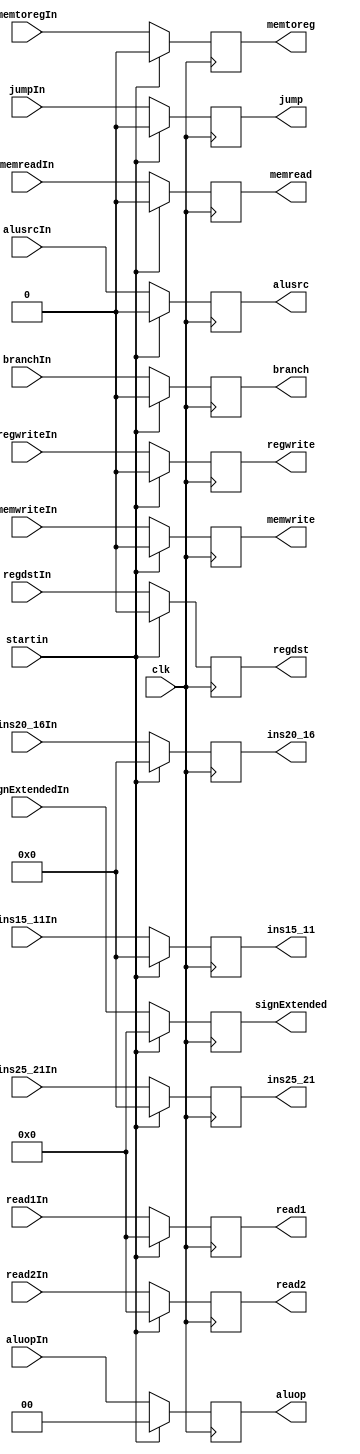
module ID_EX(startin, clk, 		
regdstIn, jumpIn, branchIn, memreadIn, memtoregIn, memwriteIn, alusrcIn, regwriteIn, aluopIn, read1In, read2In, signExtendedIn, ins20_16In, ins15_11In, ins25_21In,
regdst, jump, branch, memread, memtoreg, memwrite, alusrc, regwrite, aluop,read1,read2,signExtended,ins20_16,ins15_11, ins25_21);
				
							
	input startin,clk;
	input [31:0] read1In, read2In, signExtendedIn;
	input [4:0] ins20_16In, ins15_11In, ins25_21In;
	input regdstIn, jumpIn, branchIn, memreadIn, memtoregIn, memwriteIn, alusrcIn, regwriteIn;
	input [1:0] aluopIn;
	
	output reg [31:0] read1, read2, signExtended;
	output reg [4:0] ins20_16, ins15_11, ins25_21;
	output reg regdst, jump, branch, memread, memtoreg, memwrite, alusrc, regwrite;
	output reg [1:0] aluop;
	
	always @(posedge clk) begin
		if(startin) begin
			{read1, read2, signExtended, ins20_16, ins15_11, ins25_21, regdst, jump, branch, memread, memtoreg, memwrite, alusrc, regwrite, aluop} <= 0;
		end else begin
			read1 <= read1In;
			read2 <= read2In;
			signExtended <= signExtendedIn;
			ins20_16 <= ins20_16In;
			ins15_11 <= ins15_11In;
			ins25_21 <= ins25_21In;
			regdst <= regdstIn;
			jump <= jumpIn;
			branch <= branchIn;
			memread <= memreadIn;
			memtoreg <= memtoregIn;
			memwrite <= memwriteIn;
			alusrc <= alusrcIn;
			regwrite <= regwriteIn;
			aluop <= aluopIn;
		end
		
	end
	
	
endmodule